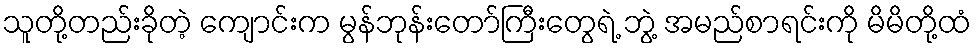
သူတို့တည်းခိုတဲ့ ကျောင်းက မွန်ဘုန်းတော်ကြီးတွေရဲ့ ဘွဲ့ အမည်စာရင်းကို မိမိတို့ထံ